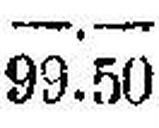
99.50